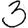
Digit: 3